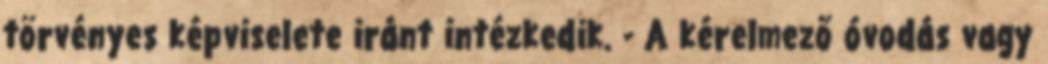
törvényes képviselete iránt intézkedik. - A kérelmező óvodás vagy